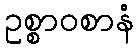
ဥစ္စာဝစာနံ